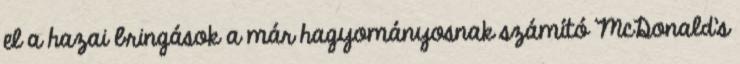
el a hazai bringások a már hagyományosnak számító McDonald’s